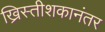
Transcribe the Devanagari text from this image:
ख्रिस्तीशकानंतर